Annual statistical returns and brief notes on vaccination in Bengal - 1887-1898
Year: 1887
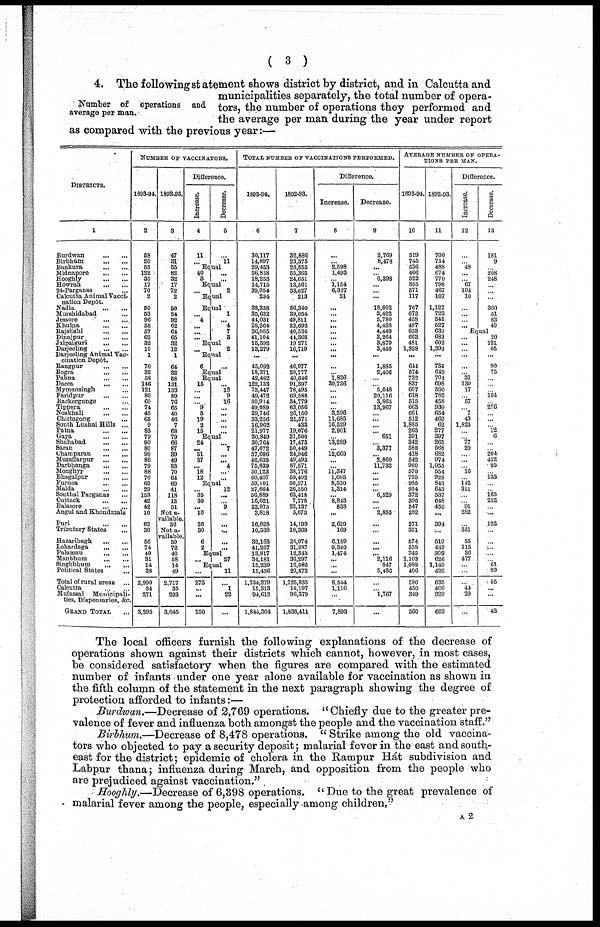
( 3 )
Number of operations and
average per man.
4. The following statement shows district by district, and in Calcutta and
municipalities separately, the total number of opera-
tors, the number of operations they performed and
the average per man during the year under report
as compared with the previous year:—
DISTRICTS.
1
Burdwan
...
...
Birbhum ... ...
Bankura
...
...
Midnapore
...
...
Hooghly
...
...
Howrah
...
...
24-Parganas ...
Calcutta Animal Vacci-
nation Depôt.
Nadia
...
...
Murshidabad ...
Jessore
...
...
Khulna
...
...
Rajshahi
...
...
Dinajpur
...
...
Jalpaiguri
...
...
Darjeeling ... ...
Darjeeling Animal Vac-
cination Depôt.
Rangpur
...
...
Bogra
...
...
Pabna
...
...
Dacca
...
...
Mymensingh ...
Faridpur
...
...
Backergunge ...
Tippera
...
...
Noakhali
...
...
Chittagong
...
South Lushai Hills ...
Patna
...
...
Gaya
...
...
Shahabad
...
...
Saran
...
...
Champaran
...
...
Muzaffarpur
...
...
Darbhanga
...
...
Monghyr
...
...
Bhagalpur
...
...
Purnea ... ...
Malda
...
...
Sonthal Parganas ...
Cuttack
...
...
Balasore
...
...
Angul and Khondmals
Puri
...
...
Tributary States ...
Hazaribagh
...
...
Lohardaga
...
...
Palamau
...
...
Manbhum
...
...
Singhbhum
... ...
Political States ...
Total of rural areas ...
Calcutta
...
...
Mufassal Municipali-
ties, Dispensaries, &c.
GRAND TOTAL ...
NUMBER OF VACCINATORS.
1893-94.
2
58
20
55
122
35
17
70
2
50
53
96
58
57
62
32
14
1
70
32
58
146
121
80
60
74
45
65
9
83
79
90
80
90
86
79
88
76
60
29
153
42
42
10
62
30
56
74
40
31
14
38
2,990
34
271
3,295
1892-93.
3
47
31
55
82
32
17
72
2
50
54
92
62
64
65
32
12
1
64
32
58
131
133
89
76
65
40
46
7
68
79
66
87
39
49
83
70
64
60
41
118
12
51
Not a-
vailable.
36
Nota-
vailable.
50
72
40
58
14
49
2,717
35
293
3,045
Difference.
Increase.
4
11
...
Decrease.
5
...
11
Equal
40
3
...
...
Equal
...
2
Equal
Equal
... 4
...
...
...
1
...
4
7
3
Equal
...
2
Equal
6
...
Equal
Equal
15
...
...
... 9
5
19
2
15
...
12
9
16
...
...
...
...
...
Equal
24
... 51
37
...
18
12
...
7
...
... 4
.... ...
Equal
... 35
30
...
10
26
30
6
2
12
...
... 9
...
...
...
...
...
Equal
...
27
Equal
...
273
...
...
250
11
...
1
22
...
TOTAL NUMBER OF VACCINATIONS PERFORMED.
1893-94.
6
30,117
14,897
29,453
56,858
18,253
14,715
39,954
234
38,338
35,632
44,031
28,264
36,085
41,104
15,392
13,279
...
45,092
18,371
42,482
122,133
73,447
49,472
30,914
49,089
29,746
33,256
16,962
21,977
30,849
30,764
47,072
37,606
46,635
75,839
50,123
60,407
59,101
27,664
56,889
16,621
22,975
2,818
16,828
10,538
32,163
41,267
13,817
34,181
15,239
15,436
1,734,379
15,313
94,612
1,844,304
1892-93.
7
32,886
23,375
26,855
55,365
24,651
13,561
33,627
213
56,340
39,054
49,811
32,692
40,534
44,368
19,271
16,719
...
46,977
20,777
40,646
91,397
78,495
69,588
34,779
63,056
26,150
21,571
483
19,076
31,500
17,475
50,449
24,946
49,495
87,571
38,776
59,402
50,571
26,350
63,418
7,778
22,137
5,673
14,199
10,369
25,974
31,887
12,343
36,297
16,086
20,872
1,725,835
14,197
96,379
1,836,411
Difference.
Increase.
8
...
... 2,598
1,493
... 1,154
6,327
21
...
...
...
...
...
...
...
...
...
...
...
1,836
30,736
...
...
...
...
3,596
11,685
16,529
2,901
...
13,289
...
12,660
...
...
11,347
1,005
8,530
1,314
... 8,843
838
...
2,629
169
6,189
9,380
1,474
... ...
...
8,544
1,116
...
7,893
Decrease.
9
2,769
8,478
...
... 6,398
...
...
...
18,002
3,422
5,780
4,428
4,449
3,264
3,879
3,440
...
1,885
2,406
...
... 5,048
20,116
3,865
13,967
...
...
...
... 651
...
3,377
... 2,860
11,732
...
...
...
... 6,529
...
...
2,855
...
...
...
...
... 2,116
847
5,436
...
...
1,767
...
AVERAGE NUMBER OF OPERA-
----- PER MAN.
1893-94.
10
519
745
536
466
522
865
571
117
767
672
458
487
633
663
481
1,328
...
644
574
732
837
607
618
515
663
661
512
1,885
265
391
342
588
418
542
960
570
795
985
954
372
396
547
282
271
351
574
558
345
1,103
1,088
406
580
450
349
560
1892-93.
11
700
754
488
674
770
798
467
107
1,127
723
541
527
633
683
602
1,393
...
734
649
701
698
590
782
458
939
654
469
62
277
397
265
568
682
974
1,055
554
928
843
643
537
648
456
...
394
...
519
443
309
626
1,149
426
635
406
329
603
Difference.
Increase.
12
...
...
48
...
...
67
104
10
...
...
...
...
Decrease.
13
181
9
...
208
248
...
...
...
360
51
83
40
Equal
...
...
...
...
...
...
31
139
17
...
57
... 7
43
1,823
...
...
77
20
...
...
...
16
...
142
311
...
...
91
282
...
351
55
115
36
477
...
...
...
44
20
...
20
121
65
...
90
75
...
...
...
164
...
276
...
...
...
12
6
...
...
264
432
95
...
133
...
...
165
252
...
...
123
...
...
...
...
...
61
20
65
...
...
43
The local officers furnish the following explanations of the decrease of
operations shown against their districts which cannot, however, in most cases,
be considered satisfactory when the figures are compared with the estimated
number of infants under one year alone available for vaccination as shown in
the fifth column of the statement in the next paragraph showing the degree of
protection afforded to infants:—
Burdwan.—Decrease of 2,769 operations. " Chiefly due to the greater pre-
valence of fever and influenza both amongst the people and the vaccination staff."
Birbhum.—Decrease of 8,478 operations. " Strike among the old vaccina-
tors who objected to pay a security deposit; malarial fever in the east and south-
east for the district; epidemic of cholera in the Rampur Hát subdivision and
Labpur thana; influenza during March, and opposition from the people who
are prejudiced against vaccination."
Hooghly.—Decrease of 6,398 operations. " Due to the great prevalence of
malarial fever among the people, especially among children,"
A2